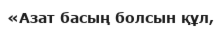
«Азат басың болсын құл,